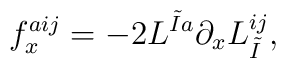
f_{x}^{aij} = - 2 L^{\tilde{I} a} \partial_{x} L_{\tilde I}^{ij},